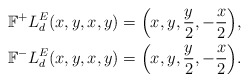
\begin{align*}\mathbb{F}^+L^E_d(x,y,x,y)&=\Big(x, y, \frac{y}{2}, -\frac{x}{2} \Big), \\\mathbb{F}^-L^E_d(x,y,x,y)&=\Big(x, y, \frac{y}{2}, -\frac{x}{2} \Big).\end{align*}